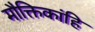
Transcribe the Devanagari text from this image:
मौक्तिकांहि